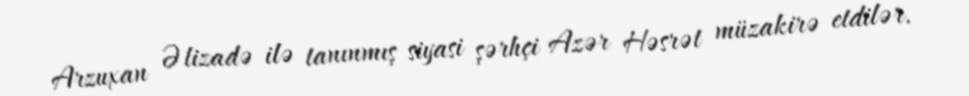
Arzuxan Əlizadə ilə tanınmış siyasi şərhçi Azər Həsrət müzakirə etdilər.